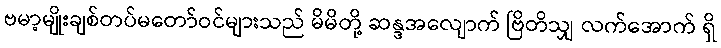
ဗမာ့မျိုးချစ်တပ်မတော်ဝင်များသည် မိမိတို့ ဆန္ဒအလျောက် ဗြိတိသျှ လက်အောက် ရှိ